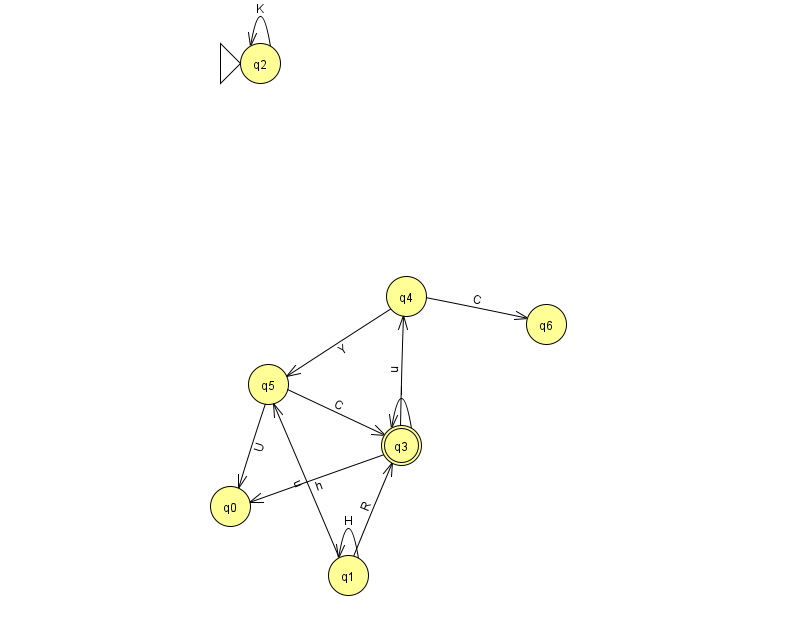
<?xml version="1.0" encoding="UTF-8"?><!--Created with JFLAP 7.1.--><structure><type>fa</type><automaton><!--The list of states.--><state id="0" name="q0"><x>230.0</x><y>493.0</y></state><state id="1" name="q1"><x>348.0</x><y>562.0</y></state><state id="2" name="q2"><x>260.0</x><y>50.0</y><initial/></state><state id="3" name="q3"><x>401.0</x><y>432.0</y><final/></state><state id="4" name="q4"><x>406.0</x><y>283.0</y></state><state id="5" name="q5"><x>268.0</x><y>371.0</y></state><state id="6" name="q6"><x>546.0</x><y>311.0</y></state><!--The list of transitions.--><transition><from>4</from><to>6</to><read>C</read></transition><transition><from>1</from><to>5</to><read>u</read></transition><transition><from>3</from><to>0</to><read>h</read></transition><transition><from>5</from><to>0</to><read>U</read></transition><transition><from>1</from><to>1</to><read>H</read></transition><transition><from>3</from><to>3</to><read>I</read></transition><transition><from>3</from><to>4</to><read>u</read></transition><transition><from>2</from><to>2</to><read>K</read></transition><transition><from>5</from><to>3</to><read>C</read></transition><transition><from>1</from><to>3</to><read>R</read></transition><transition><from>4</from><to>5</to><read>Y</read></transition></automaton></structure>